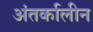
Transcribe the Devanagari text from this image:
अंतर्कालीन